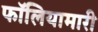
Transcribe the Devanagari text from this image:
फॉलियामारी